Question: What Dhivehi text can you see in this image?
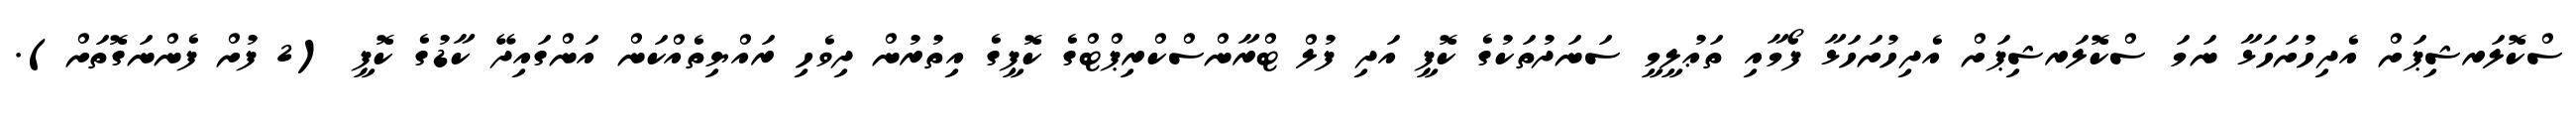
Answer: ސްކޮލަރޝިޕަށް އެދިހުށަހަޅާ ނަމަ ސްކޮލަރޝިޕަށް އެދިހުށަހަޅާ ފޯމާއި ތަޢުލީމީ ސަނަދުތަކުގެ ކޮޕީ އަދި ފުލް ޓްރާންސްކްރިޕްޓްގެ ކޮޕީގެ އިތުރުން ދިވެހި ރައްޔިތެއްކަން އަންގައިދޭ ކާޑުގެ ކޮޕީ (2 ފުށް ފެންނަގޮތަށް).